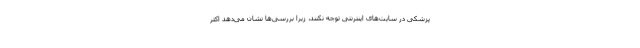
پزشکی در سایت‌های اینترنتی توجه نکنند، زیرا بررسی‌ها نشان می‌دهد اکثر